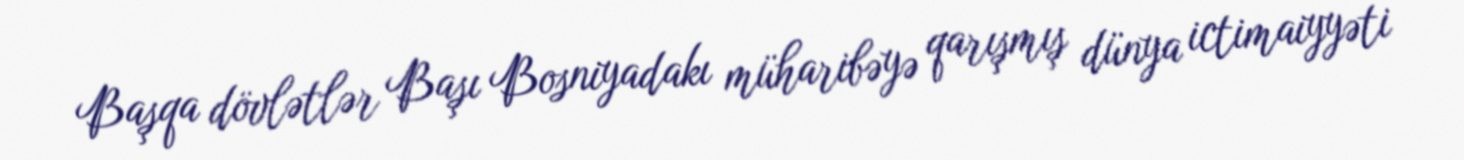
Başqa dövlətlər Başı Bosniyadakı müharibəyə qarışmış dünya ictimaiyyəti